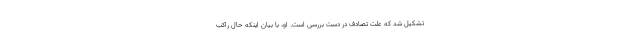
تشکیل شد که علت تصادف در دست بررسی است. او، با بیان اینکه حال راکب